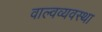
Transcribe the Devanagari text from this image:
वाल्वव्यवस्था